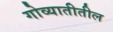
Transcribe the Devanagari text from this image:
गोव्यातीतील